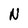
Character: N